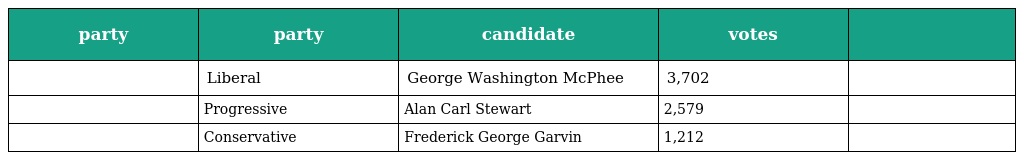
| party | party | candidate | votes |  |
 | --- | --- | --- | --- | --- |
 |  | Liberal | George Washington McPhee | 3,702 |  |
 |  | Progressive | Alan Carl Stewart | 2,579 |  |
 |  | Conservative | Frederick George Garvin | 1,212 |  |